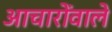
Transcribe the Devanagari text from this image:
आचारोंवाले